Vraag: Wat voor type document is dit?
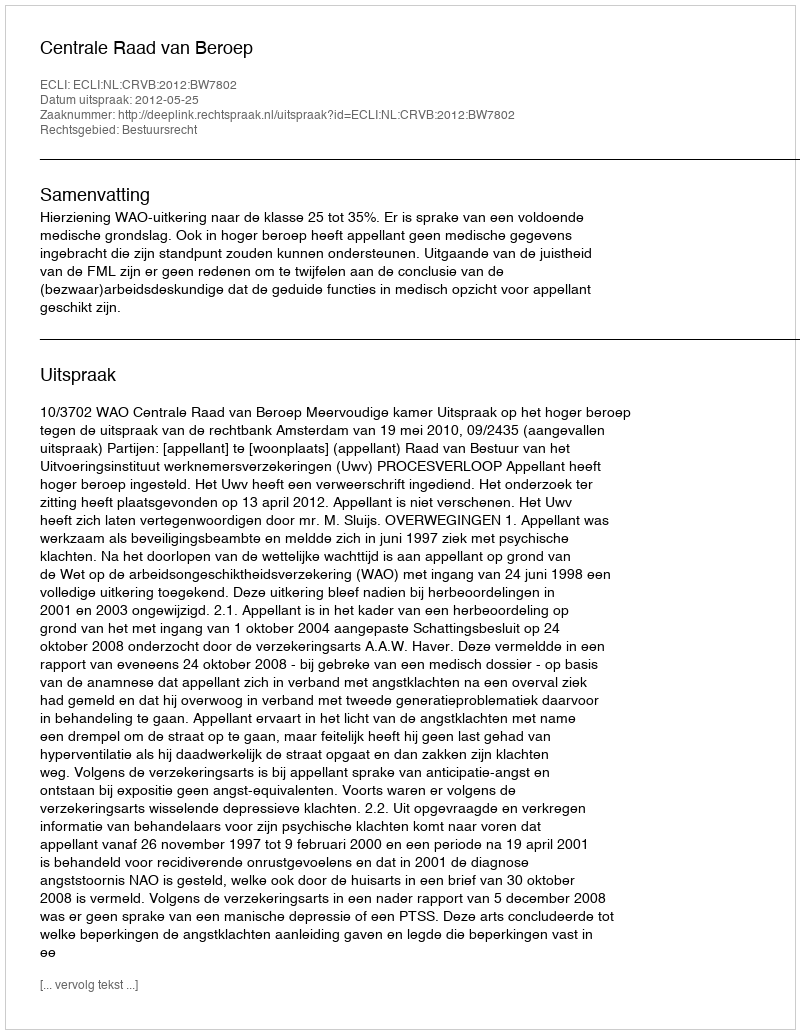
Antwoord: Uitspraak